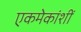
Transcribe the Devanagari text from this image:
एकमेकांशीं